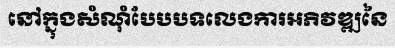
នៅក្នុងសំណុំបែបបទលេងការអភិវឌ្ឍនៃ